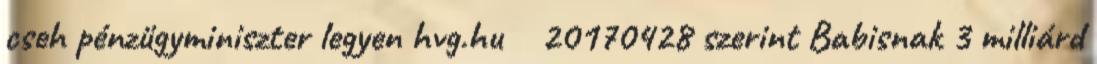
cseh pénzügyminiszter legyen hvg.hu 20170428 szerint Babisnak 3 milliárd